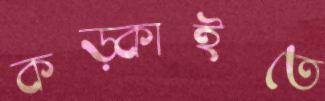
কড়্‌কাইতে